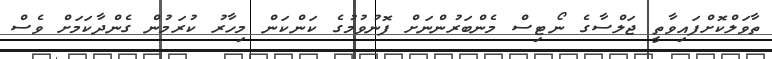
ތާވަލްކޮށްފައިވާތީ ޖަލްސާގެ ނޯޓިސް މެންބަރުންނަށް ފޮނުވުމުގެ ކަންކަން މިހާރު ކުރަމުން ގެންދާކަމަށް ވެސް